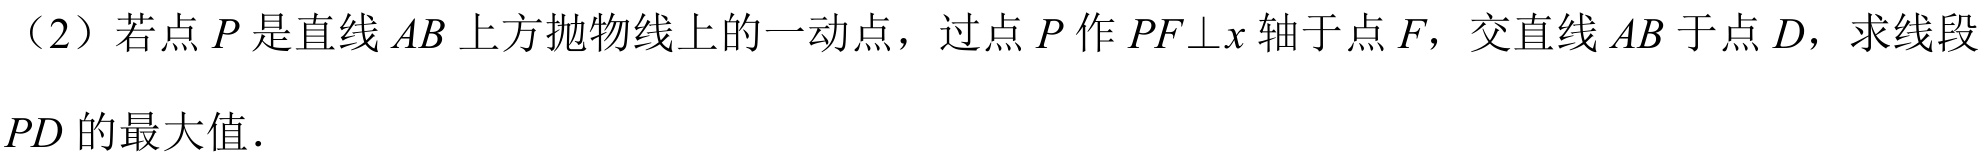
（2）若点\(P\)是直线\(AB\)上方抛物线上的一动点，过点\(P\)作\(PF\bot x\)轴于点\(F\)，交直线\(AB\)于点\(D\)，求线段\(PD\)的最大值.